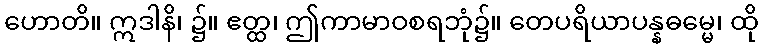
ဟောတိ။ ဣဒါနိ၊ ၌။ ဧတ္ထ၊ ဤကာမာဝစရဘုံ၌။ တေပရိယာပန္နဓမ္မေ၊ ထို